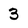
Character: 3